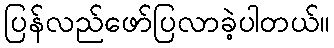
ပြန်လည်ဖော်ပြလာခဲ့ပါတယ်။